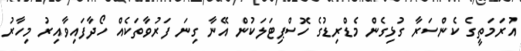
އުރަމަތީގެ ކެންސަރާ ގުޅިގެން މެޑްރިޑުގެ ހޮސްޕިޓަލަކުން އޭނާ ގިނަ ފަރުވާތަކެއް ހޯދާފައިވާއިރު މިހާރު